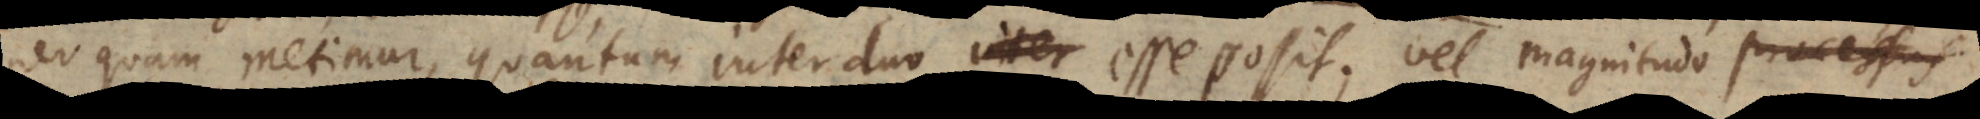
quam metimur, quantum inter duo esse possit vel magnitud